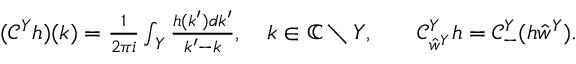
\begin{array} { r l r l } & { ( \mathcal { C } ^ { Y } h ) ( k ) = \frac { 1 } { 2 \pi i } \int _ { Y } \frac { h ( k ^ { \prime } ) d k ^ { \prime } } { k ^ { \prime } - k } , \quad k \in \mathbb { C } \setminus Y , } & & { \mathcal { C } _ { \hat { w } ^ { Y } } ^ { Y } h = \mathcal { C } _ { - } ^ { Y } ( h \hat { w } ^ { Y } ) . } \end{array}